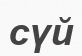
сүй